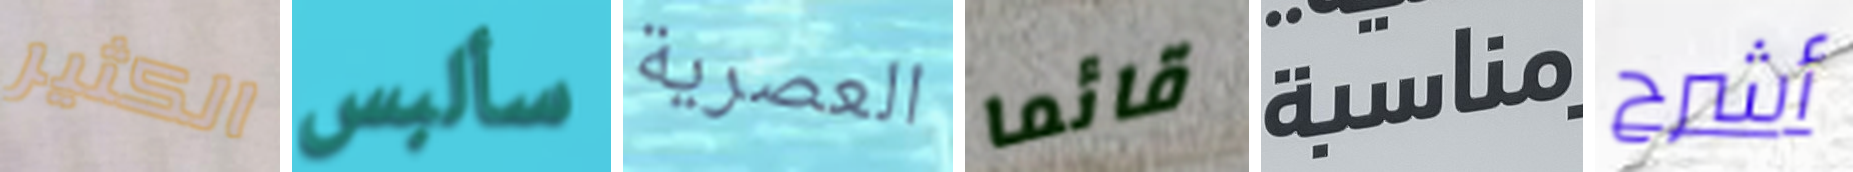
الكثير سألبس العصرية قائما مناسبة أشرح